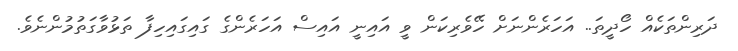
ދަރިންތަކެއް ހޯދީތަ.. އަހަރެންނަށް ހޭވެރިކަން ވީ އައިނީ އައިސް އަހަރެންގެ ގައިގައިހިފާ ތަޅުވާގަތުމުންނެވެ.